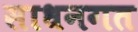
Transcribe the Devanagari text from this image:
साधनगत